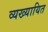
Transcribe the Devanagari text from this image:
व्यख्यायित